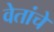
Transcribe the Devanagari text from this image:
वेतांचे